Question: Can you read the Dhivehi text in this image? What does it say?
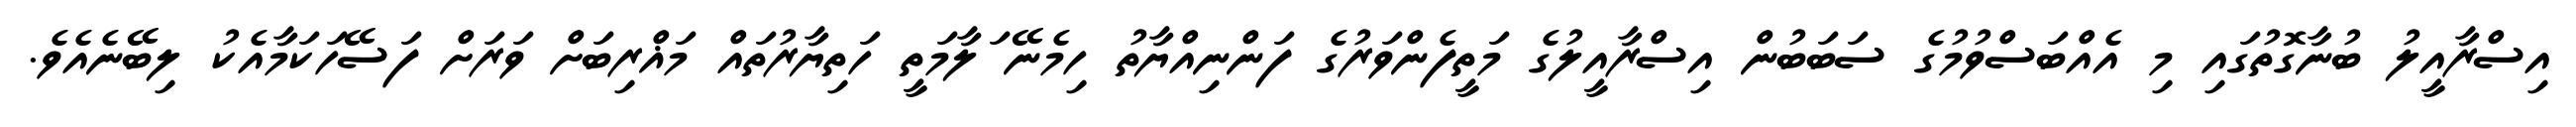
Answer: އިސްރާއީލު ބުނާގޮތުގައި މި އެއްބަސްވުމުގެ ސަބަބުން އިސްރާއީލުގެ މަތީފެންވަރުގެ ފަންނިއްޔާތު ހިމެނޭ ަލާމަތީ ހަތިޔާރުތައް މަޣްރިބަށް ވަރަށް ފަސޭހަކަމާއެކު ލިބޭނެއެވެ.